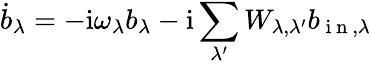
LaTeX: \dot{b}_{\lambda}=-\mathrm{i}\omega_{\lambda}b_{\lambda}-\mathrm{i}\sum_{\lambda^{\prime}}W_{\lambda,\lambda^{\prime}}b_{\mathrm{~i~n~},\lambda}